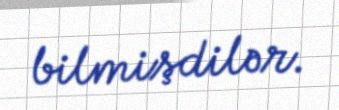
bilmişdilər.